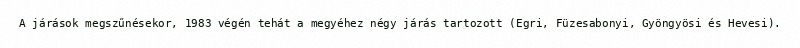
A járások megszűnésekor, 1983 végén tehát a megyéhez négy járás tartozott (Egri, Füzesabonyi, Gyöngyösi és Hevesi).